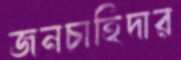
জনচাহিদার